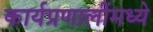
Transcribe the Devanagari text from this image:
कार्यप्रणालींमध्ये